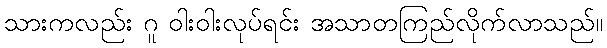
သားကလည်း ဂူ ဝါးဝါးလုပ်ရင်း အသာတကြည်လိုက်လာသည်။